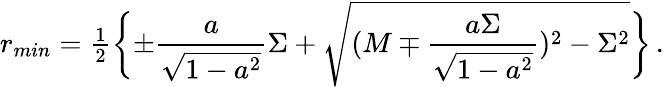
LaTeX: r_{min}={\textstyle\frac{1}{2}}\biggl\{ \pm\frac{a}{\sqrt{1-a^{2}}}\Sigma+\sqrt{(M\mp\frac{a\Sigma}{\sqrt{1-a^{2}}})^{2}-\Sigma^{2}}\biggr\} \, .